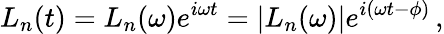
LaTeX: L_{n}(t)=L_{n}(\omega)e^{i\omega t}=|L_{n}(\omega)|e^{i(\omega t-\phi)}\, ,